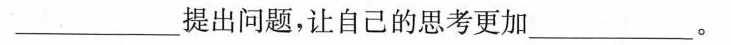
___提出问题，让自己的思考更加___。